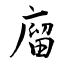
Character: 廇